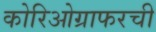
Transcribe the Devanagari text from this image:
कोरिओग्राफरची